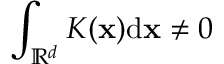
\int _ { \mathbb R ^ { d } } K ( \mathbf x ) \mathrm d \mathbf x \neq 0